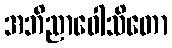
အဘိညာဝေါသိတော